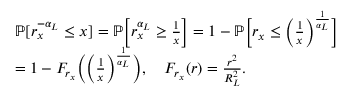
\begin{array} { r l } & { \mathbb { P } [ r _ { x } ^ { - \alpha _ { L } } \leq x ] = \mathbb { P } \Big [ r _ { x } ^ { \alpha _ { L } } \geq \frac { 1 } { x } \Big ] = 1 - \mathbb { P } \Big [ r _ { x } \leq \Big ( \frac { 1 } { x } \Big ) ^ { \frac { 1 } { \alpha _ { L } } } \Big ] } \\ & { = 1 - F _ { r _ { x } } \Big ( \Big ( \frac { 1 } { x } \Big ) ^ { \frac { 1 } { \alpha _ { L } } } \Big ) , \quad F _ { r _ { x } } ( r ) = \frac { r ^ { 2 } } { R _ { L } ^ { 2 } } . } \end{array}